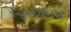
ખાનાબલ